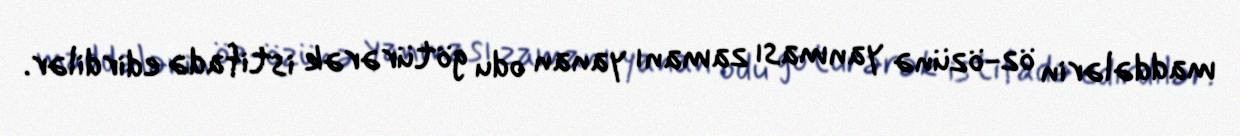
maddələrin öz-özünə yanması zamanı yanan odu götürərək istifadə edirdilər.